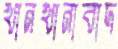
খানখানাবাদ